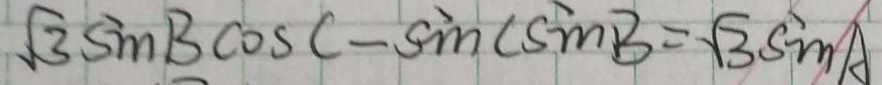
\sqrt { 3 } \sin B \cos C - \sin A c \sin B = \sqrt { 3 } \sin A